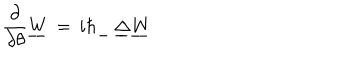
{ \frac { \partial } { \partial \theta } } \underline { { W } } \, = \, i \hbar \underline { { \, } } \, \underline { { \Delta } } \underline { { W } }